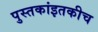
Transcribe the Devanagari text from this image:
पुस्तकांइतकीच